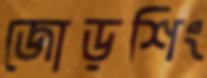
জোড়শিং